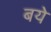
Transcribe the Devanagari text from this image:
बये